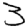
Digit: 3